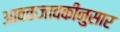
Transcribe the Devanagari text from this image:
आवकजावकीनुसार